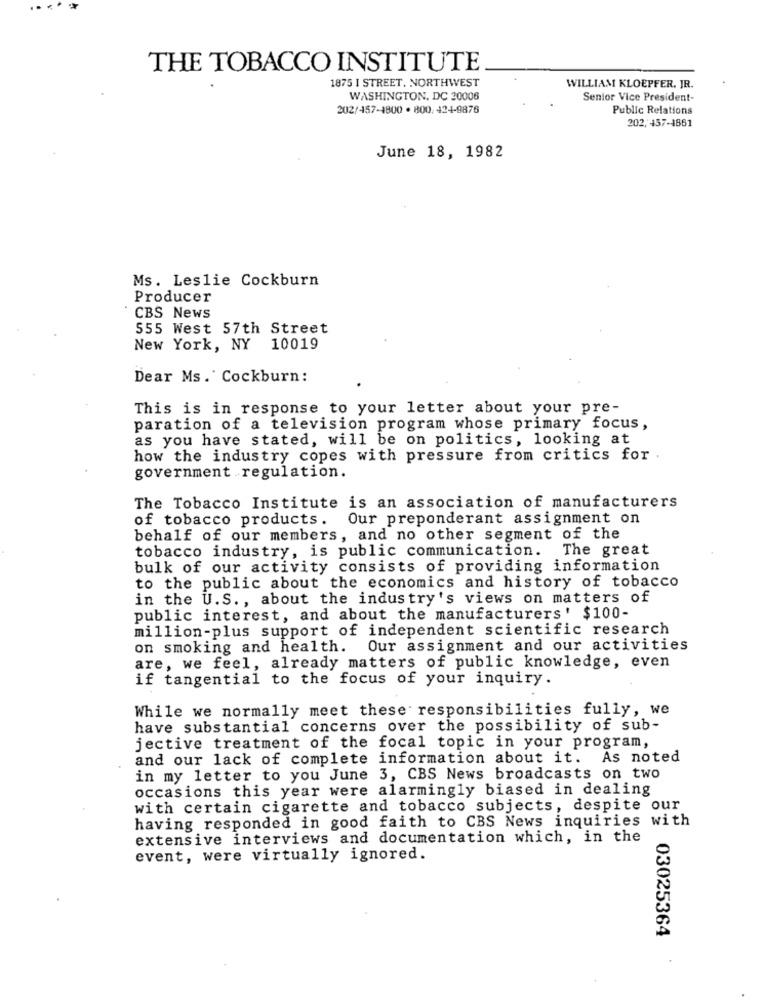
THE TOBACCO INSTITUTE
1875 I STREET, NORTHWEST
WILLIAM KLOEPFER, JR.
WASHINGTON, DC 20006
Senior Vice President-
202/457-1800 . 800. 424-9876
Public Relations
202,457-4861
June 18, 1982
Ms. Leslie Cockburn
Producer
CBS News
555 West 57th Street
New York, NY 10019
Dear Ms. Cockburn :
This is in response to your letter about your pre-
paration of a television program whose primary focus,
as you have stated, will be on politics, looking at
how the industry copes with pressure from critics for
government regulation.
The Tobacco Institute is an association of manufacturers
of tobacco products. Our preponderant assignment on
behalf of our members, and no other segment of the
tobacco industry, is public communication. The great
bulk of our activity consists of providing information
to the public about the economics and history of tobacco
in the U.S ., about the industry's views on matters of
public interest, and about the manufacturers' $100-
million-plus support of independent scientific research
on smoking and health. Our assignment and our activities
are, we feel, already matters of public knowledge, even
if tangential to the focus of your inquiry.
While we normally meet these responsibilities fully, we
have substantial concerns over the possibility of sub-
jective treatment of the focal topic in your program,
and our lack of complete information about it. As noted
in my letter to you June 3, CBS News broadcasts on two
occasions this year were alarmingly biased in dealing
with certain cigarette and tobacco subjects, despite our
having responded in good faith to CBS News inquiries with
extensive interviews and documentation which, in the
event, were virtually ignored.
03025364